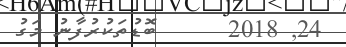
24